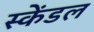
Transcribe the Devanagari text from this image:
स्केंडल